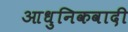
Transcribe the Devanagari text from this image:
आधुनिकवादी